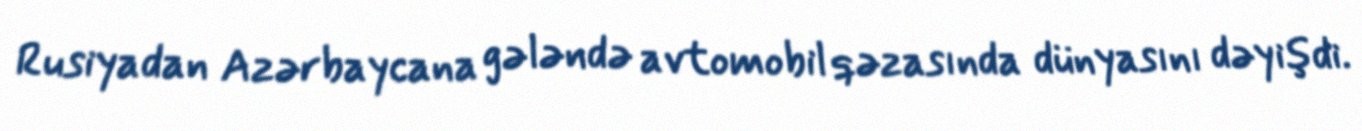
Rusiyadan Azərbaycana gələndə avtomobil qəzasında dünyasını dəyişdi.